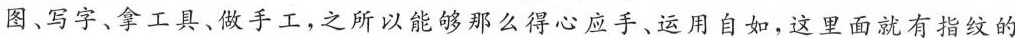
图、写字、拿工具、做手工，之所以能够那么得心应手、运用自如，这里面就有指纹的